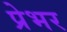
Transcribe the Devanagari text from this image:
प्रेभर